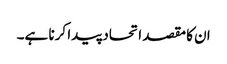
ان کا مقصد اتحاد پیدا کرنا ہے۔